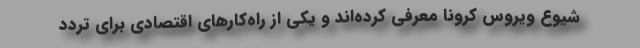
شیوع ویروس کرونا معرفی کرده‌اند و یکی از راه‌کارهای اقتصادی برای تردد